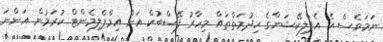
ނަމަވެސް އެ އެޕްލިކޭޝަންގެ ހިދުމަތްތައް މިހާރު ފޭސްބުކް އަށް އިމްޕްލިމެންޓް ކުރަމުން އަންނަ